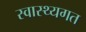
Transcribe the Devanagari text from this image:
स्वास्थ्यगत